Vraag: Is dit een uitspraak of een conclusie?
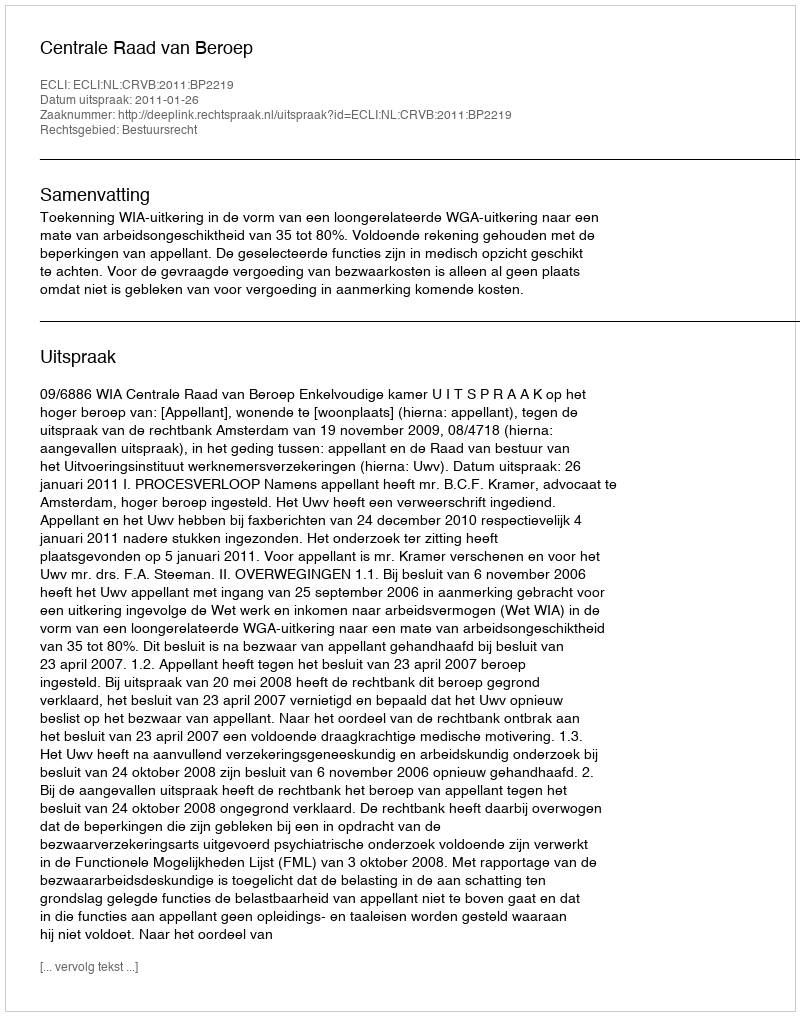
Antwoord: Uitspraak